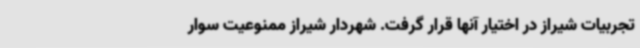
تجربیات شیراز در اختیار آنها قرار گرفت. شهردار شیراز ممنوعیت سوار